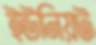
ইউনিয়ট